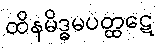
ထိနမိဒ္ဓမပတ္ထဋေ